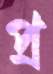
প্র